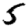
Digit: 5